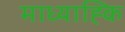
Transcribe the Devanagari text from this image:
माध्याह्कि